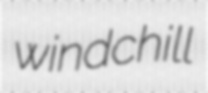
windchill